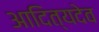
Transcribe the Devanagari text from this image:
आदित्यदेव